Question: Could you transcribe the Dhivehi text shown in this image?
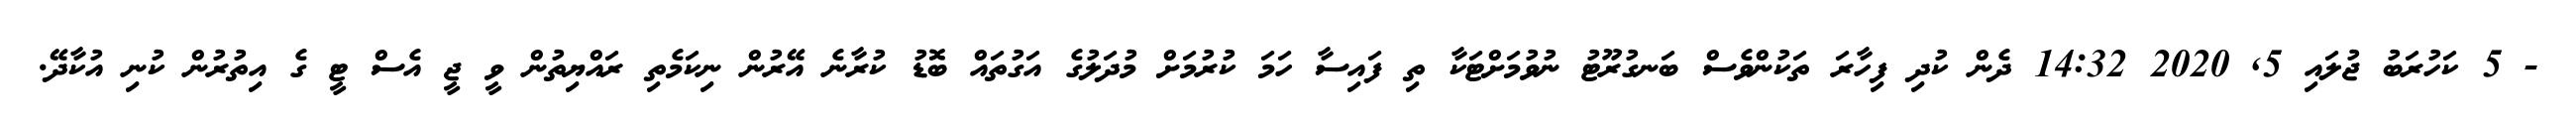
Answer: - 5 ކަހުރަބު ޖުލައި 5, 2020 14:32 ދެން ކުދި ފިހާރަ ތަކުންވެސް ބަނގުރޫޓު ނުވުމަށްޓަކާ ތި ފައިސާ ހަމަ ކުރުމަށް މުދަލުގެ އަގުތައް ބޮޑު ކުރާނެ އޭރުން ނިކަމެތި ރައްޔިތުން ވީ ޖީ އެސް ޓީ ގެ އިތުރުން ކުނި އުކާދޭ.